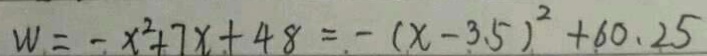
W = - x ^ { 2 } + 7 x + 4 8 = - ( x - 3 . 5 ) ^ { 2 } + 6 0 . 2 5